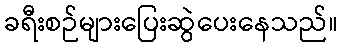
ခရီးစဉ်များပြေးဆွဲပေးနေသည်။